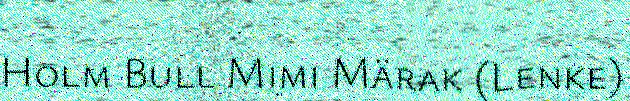
Holm Bull Mimi Märak (Lenke)